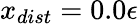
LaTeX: x_{dist}=0.0\epsilon